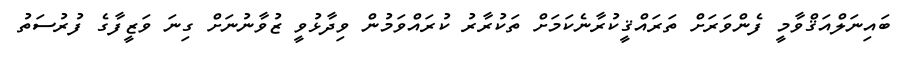
ބައިނަލްއަޤްވާމީ ފެންވަރަށް ތަރައްޤީކުރާނެކަމަށް ތަކުރާރު ކުރައްވަމުން ވިދާޅުވީ ޒުވާނުނަށް ގިނަ ވަޒީފާގެ ފުރުސަތު